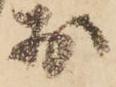
於